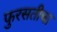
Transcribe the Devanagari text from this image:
फुरसतीचा